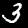
Label: 3